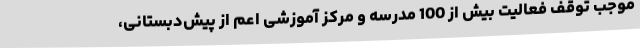
موجب توقف فعالیت بیش‌ از 100 مدرسه و مرکز آموزشی اعم از پیش‌دبستانی،